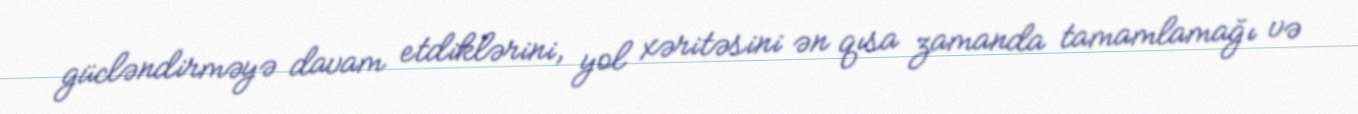
gücləndirməyə davam etdiklərini, yol xəritəsini ən qısa zamanda tamamlamağı və